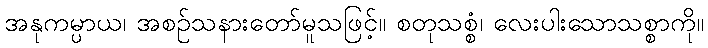
အနုကမ္ပာယ၊ အစဉ်သနားတော်မူသဖြင့်။ စတုသစ္စံ၊ လေးပါးသောသစ္စာကို။